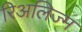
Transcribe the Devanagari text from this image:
रिअलिज्म